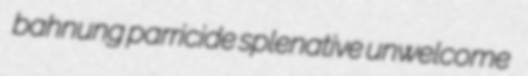
bahnung parricide splenative unwelcome